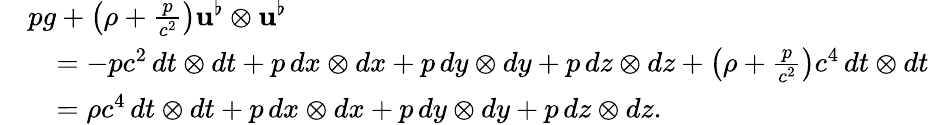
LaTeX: \begin{array}{rl}&{pg+\left(\rho+\frac{p}{c^{2}}\right)\mathbf{u}^{\flat}\otimes\mathbf{u}^{\flat}}\\ &{\quad=-pc^{2}\, dt\otimes dt+p\, dx\otimes dx+p\, dy\otimes dy+p\, dz\otimes dz+\left(\rho+\frac{p}{c^{2}}\right)c^{4}\, dt\otimes dt}\\ &{\quad=\rho c^{4}\, dt\otimes dt+p\, dx\otimes dx+p\, dy\otimes dy+p\, dz\otimes dz.}\end{array}